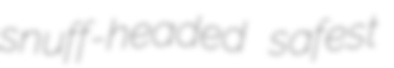
snuff-headed safest